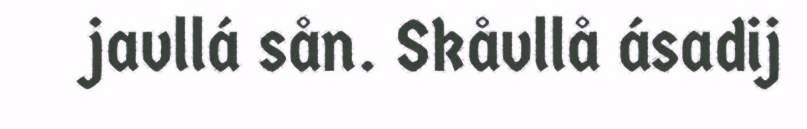
javllá sån. Skåvllå ásadij